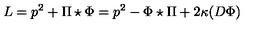
L = p ^ { 2 } + \Pi \star \Phi = p ^ { 2 } - \Phi \star \Pi + 2 \kappa ( D \Phi )